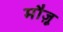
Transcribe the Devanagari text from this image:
मौज़ू